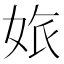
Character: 𡜅